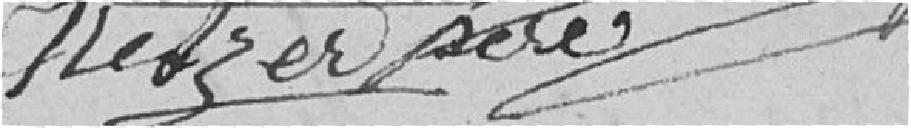
Metzer père